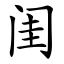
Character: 闺